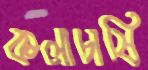
কলাচাষি